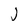
Character: J